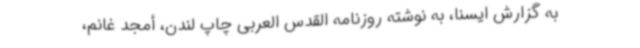
به گزارش ایسنا، به نوشته روزنامه القدس العربی چاپ لندن، أمجد غانم،